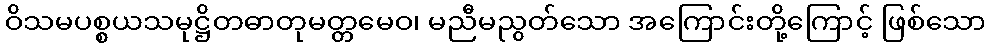
ဝိသမပစ္စယသမုဋ္ဌိတဓာတုမတ္တမေဝ၊ မညီမညွတ်သော အကြောင်းတို့ကြောင့် ဖြစ်သော